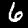
Digit: 6